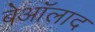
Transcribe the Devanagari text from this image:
बेऑलाद